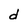
Character: d